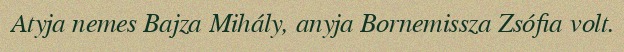
Atyja nemes Bajza Mihály, anyja Bornemissza Zsófia volt.